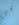
في